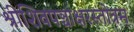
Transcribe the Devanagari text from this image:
श्रीशिवपञ्चाक्षरस्तोत्रम्